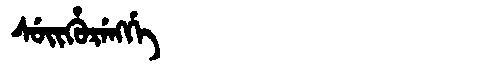
Manchu: ᠰᡠᡳᡥᡠᡵᡝᠩᡤᡝ
Romanization: SUIHURENGGE